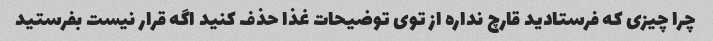
چرا چیزی که فرستادید قارچ نداره از توی توضیحات غذا حذف کنید اگه قرار نیست بفرستید